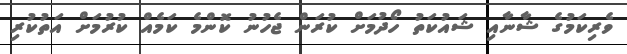
ވެރިކަމުގެ ޝާނާއި ޝައުކަތު ހޯދުމަށް ކުރަން ޖެހުނު ކޮންމެ ކަމެއް ކުރުމަށް އަތުކުރި